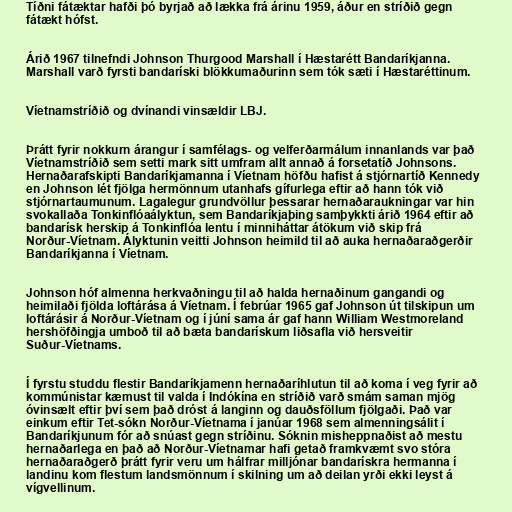
Tíðni fátæktar hafði þó byrjað að lækka frá árinu 1959, áður en stríðið gegn
fátækt hófst.

Árið 1967 tilnefndi Johnson Thurgood Marshall í Hæstarétt Bandaríkjanna.
Marshall varð fyrsti bandaríski blökkumaðurinn sem tók sæti í Hæstaréttinum.

Víetnamstríðið og dvínandi vinsældir LBJ.

Þrátt fyrir nokkurn árangur í samfélags- og velferðarmálum innanlands var það
Víetnamstríðið sem setti mark sitt umfram allt annað á forsetatíð Johnsons.
Hernaðarafskipti Bandaríkjamanna í Víetnam höfðu hafist á stjórnartíð Kennedy
en Johnson lét fjölga hermönnum utanhafs gífurlega eftir að hann tók við
stjórnartaumunum. Lagalegur grundvöllur þessarar hernaðaraukningar var hin
svokallaða Tonkinflóaályktun, sem Bandaríkjaþing samþykkti árið 1964 eftir að
bandarísk herskip á Tonkinflóa lentu í minniháttar átökum við skip frá
Norður-Víetnam. Ályktunin veitti Johnson heimild til að auka hernaðaraðgerðir
Bandaríkjanna í Víetnam.

Johnson hóf almenna herkvaðningu til að halda hernaðinum gangandi og
heimilaði fjölda loftárása á Víetnam. Í febrúar 1965 gaf Johnson út tilskipun um
loftárásir á Norður-Víetnam og í júní sama ár gaf hann William Westmoreland
hershöfðingja umboð til að bæta bandarískum liðsafla við hersveitir
Suður-Víetnams.

Í fyrstu studdu flestir Bandaríkjamenn hernaðaríhlutun til að koma í veg fyrir að
kommúnistar kæmust til valda í Indókína en stríðið varð smám saman mjög
óvinsælt eftir því sem það dróst á langinn og dauðsföllum fjölgaði. Það var
einkum eftir Tet-sókn Norður-Víetnama í janúar 1968 sem almenningsálit í
Bandaríkjunum fór að snúast gegn stríðinu. Sóknin misheppnaðist að mestu
hernaðarlega en það að Norður-Víetnamar hafi getað framkvæmt svo stóra
hernaðaraðgerð þrátt fyrir veru um hálfrar milljónar bandarískra hermanna í
landinu kom flestum landsmönnum í skilning um að deilan yrði ekki leyst á
vígvellinum.